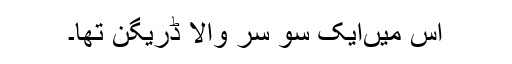
اس میں‌ایک سو سر والا ڈریگن تھا۔